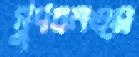
গুণবনত্ম